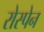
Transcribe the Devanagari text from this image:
रोस्पेन